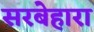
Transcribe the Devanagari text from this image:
सरबेहारा